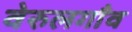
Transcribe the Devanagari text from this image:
वेरुलगाँव